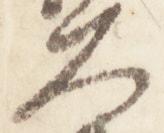
大